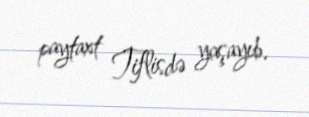
paytaxt Tiflisdə yaşayıb.